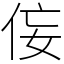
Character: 侫